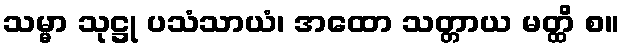
သမ္မာ သုဋ္ဌု ပသံသာယံ၊ အထော သတ္တာယ မတ္ထိ စ။